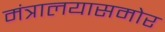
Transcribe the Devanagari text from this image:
मंत्रालयासमोर